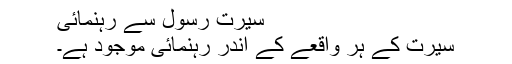
سیرتِ رسولؐ سے رہنمائی
سیرت کے ہر واقعے کے اندر رہنمائی موجود ہے۔